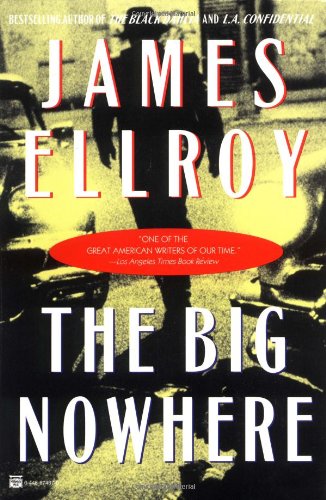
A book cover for The Big Nowhere; James Ellroy; Mystery, Thriller & Suspense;